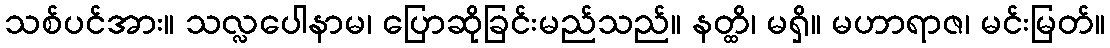
သစ်ပင်အား။ သလ္လပေါနာမ၊ ပြောဆိုခြင်းမည်သည်။ နတ္ထိ၊ မရှိ။ မဟာရာဇ၊ မင်းမြတ်။